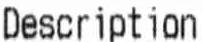
DESCRIPTION